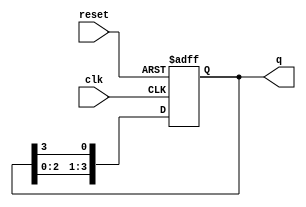
module ring_counter (
    input wire clk,        // Clock signal
    input wire reset,      // Asynchronous reset signal
    output reg [n-1:0] q   // Output state of the ring counter
);
    parameter n = 4;       // Number of bits (flip-flops) in the ring counter

    always @(posedge clk or posedge reset) begin
        if (reset) begin
            // Initialize the counter to 1 in the first flip-flop
            q <= 1'b1; // Set the first flip-flop to '1' and others to '0'
        end else begin
            // Shift the '1' to the next flip-flop
            q <= {q[n-2:0], q[n-1]}; // Shift left and wrap around
        end
    end
endmodule